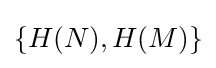
\{H(N),H(M)\}